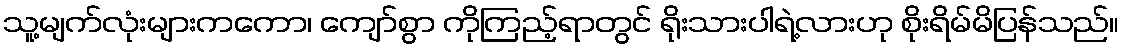
သူ့မျက်လုံးများကကော၊ ကျော်စွာ ကိုကြည့်ရာတွင် ရိုးသားပါရဲ့လားဟု စိုးရိမ်မိပြန်သည်။